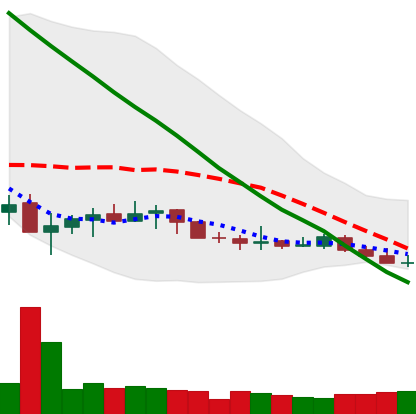
Ticker: XLM-USD
Chart end date: 2019-12-12
Forward return: -16.441%
Label: down_7plus